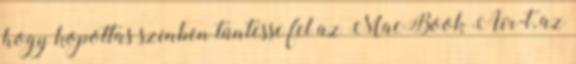
hogy kopottas színben tüntesse fel az MacBook Air-t, az